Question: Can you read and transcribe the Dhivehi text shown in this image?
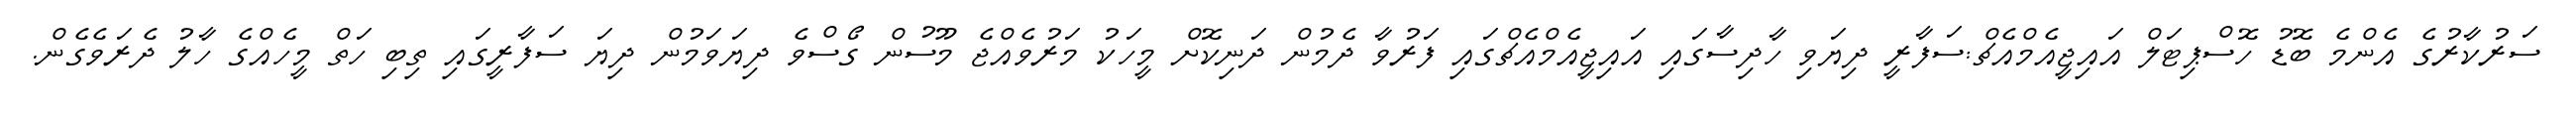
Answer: ސަރުކާރުގެ އެންމެ ބޮޑު ހޮސްޕިޓަލް އައިޖީއެމްއެޗް:ސަފާރީ ދިޔަވި ހާދިސާގައި އައިޖީއެމްއެޗްގައި ފަރުވާ ދެމުން ދަނިކޮށް މީހަކު މަރުވެއްޖެ މޫސުން ގޯސްވެ ދިޔަވަމުން ދިޔަ ސަފާރީގައި ތިބި ހަތް މީހެއްގެ ހާލު ދެރަވެގެން.